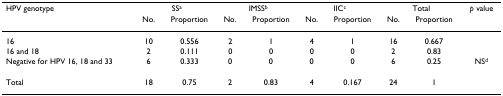
| HPV genotype | <COLSPAN=2> SSa | <COLSPAN=2> IMSSb | <COLSPAN=2> IICc | <COLSPAN=2> Total | p value |
 |  | No. | Proportion | No. | Proportion | No. | Proportion | No. | Proportion |  |
 | --- | --- | --- | --- | --- | --- | --- | --- | --- | --- |
 | 16 | 10 | 0.556 | 2 | 1 | 4 | 1 | 16 | 0.667 |  |
 | 16 and 18 | 2 | 0.111 | 0 | 0 | 0 | 0 | 2 | 0.83 |  |
 | Negative for HPV 16, 18 and 33 | 6 | 0.333 | 0 | 0 | 0 | 0 | 6 | 0.25 | NSd |
 | Total | 18 | 0.75 | 2 | 0.83 | 4 | 0.167 | 24 | 1 |  |